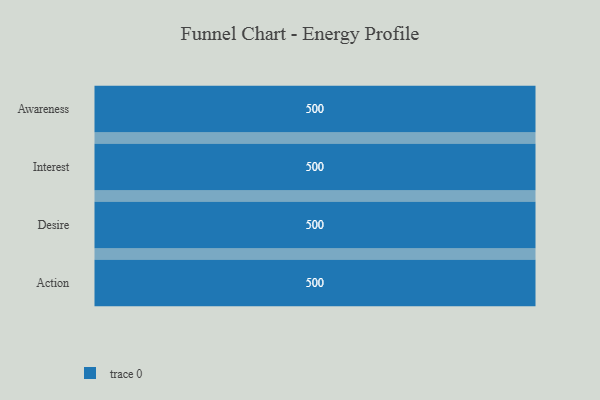
{"axis": {"x": "Stage", "y": "Value"}, "legend": [""], "data": [{"x": "Awareness", "y": 500, "type": ""}, {"x": "Interest", "y": 500, "type": ""}, {"x": "Desire", "y": 500, "type": ""}, {"x": "Action", "y": 500, "type": ""}]}